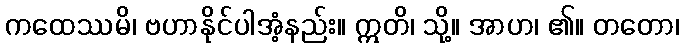
ကထေဿမိ၊ ဗဟာနိုင်ပါအံ့နည်း။ ဣတိ၊ သို့။ အာဟ၊ ၏။ တတော၊